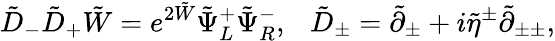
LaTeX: \tilde{D}_{-}\tilde{D}_{+}\tilde{W}=e^{2\tilde{W}}\tilde{\Psi}_{L}^{+}\tilde{\Psi}_{R}^{-},~~~\tilde{D}_{\pm}=\tilde{\partial}_{\pm}+i\tilde{\eta}^{\pm}\tilde{\partial}_{\pm\pm},